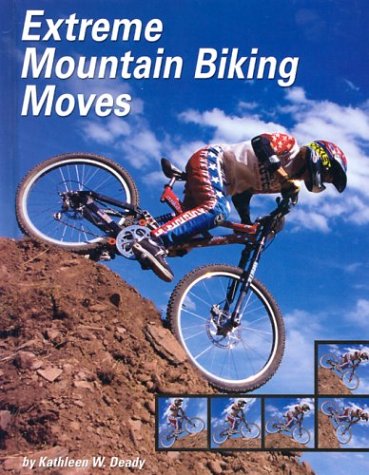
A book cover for Extreme Mountain Biking Moves (Behind the Moves); Kathleen W. Deady; Children's Books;